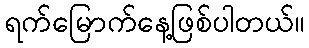
ရက်မြောက်နေ့ဖြစ်ပါတယ်။